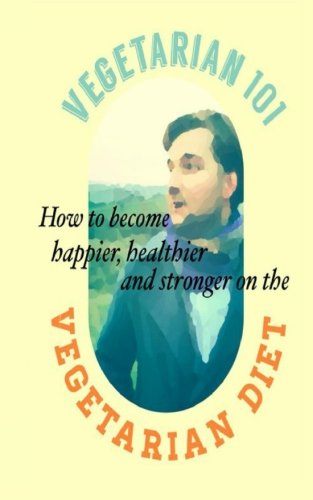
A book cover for Vegetarian 101: How to Become Healthier Happier and Stronger on Vegetarian Diet; Annette Shaw; Health, Fitness & Dieting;